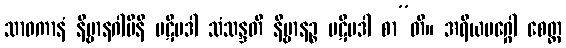
သာဝကာနံ နိဗ္ဗာနဂါမိနီ ပဋိပဒါ သံသန္ဒတိ နိဗ္ဗာနဉ္စ ပဋိပဒါ စာ”တိ။ အရိယမဂ္ဂေါ စေတ္ထ